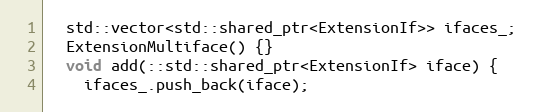
Language: C
  std::vector<std::shared_ptr<ExtensionIf>> ifaces_;
  ExtensionMultiface() {}
  void add(::std::shared_ptr<ExtensionIf> iface) {
    ifaces_.push_back(iface);